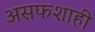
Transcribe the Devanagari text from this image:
असफशाही